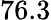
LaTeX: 76.3